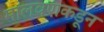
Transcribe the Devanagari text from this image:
मालवणकडून